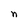
Character: n